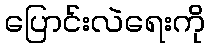
ပြောင်းလဲရေးကို